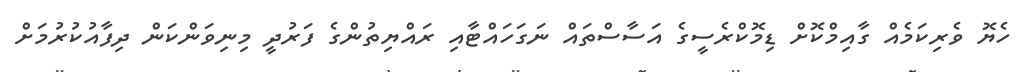
ހެޔޮ ވެރިކަމެއް ގާއިމްކޮށް ޑިމޮކްރެސީގެ އަސާސްތައް ނަގަހައްޓާއި ރައްޔިތުންގެ ފަރުދީ މިނިވަންކަން ދިފާއުކުރުމަށް